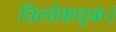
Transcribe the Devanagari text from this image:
त्रिलोकधृक।